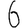
Digit: 6